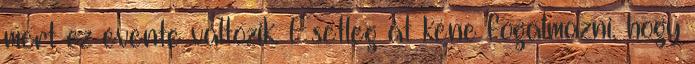
mert ez évente változik. Esetleg át kéne fogalmazni, hogy